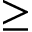
\ge